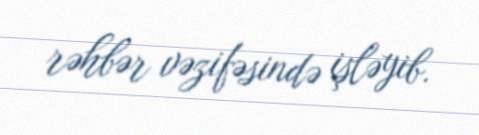
rəhbər vəzifəsində işləyib.